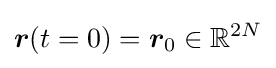
{\boldsymbol {r}}(t=0)={\boldsymbol {r}}_{0}\in \mathbb {R} ^{2N}